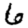
Digit: 6